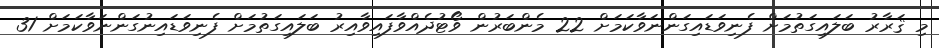
މި ޤަރާރު ބަލައިގަތުމަށް ފެނިވަޑައިގަންނަވާކަމަށް 22 މެންބަރުން ވޯޓުދެއްވާފައިވާއިރު ބަލައިގަތުމަށް ފެނިވަޑައިނުގަންނަވާކަމަށް 31